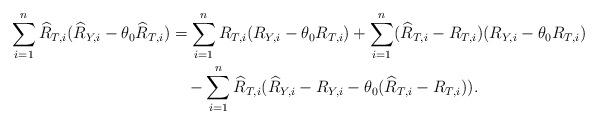
LaTeX: \begin{align*}\sum_{i=1}^n \widehat{R}_{T,i}(\widehat{R}_{Y,i} - \theta_0\widehat{R}_{T,i}) &= \sum_{i=1}^n R_{T,i}(R_{Y,i} - \theta_0R_{T,i}) + \sum_{i=1}^n (\widehat{R}_{T,i} - R_{T,i})(R_{Y,i} - \theta_0R_{T,i})\\&\quad- \sum_{i=1}^n \widehat{R}_{T,i}(\widehat{R}_{Y,i} - R_{Y,i} - \theta_0(\widehat{R}_{T,i} - R_{T,i})).\end{align*}